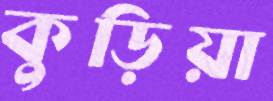
কুড়িয়া